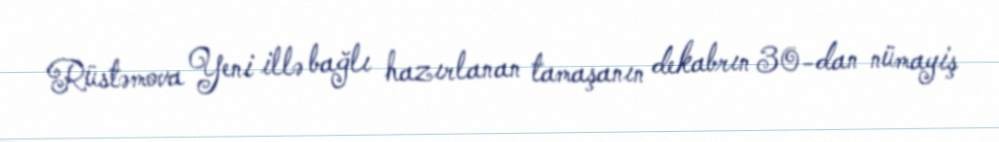
Rüstəmova Yeni illə bağlı hazırlanan tamaşanın dekabrın 30-dan nümayiş